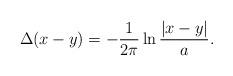
LaTeX: \begin{align*} \Delta(x - y) = -\frac{1}{2\pi}\ln\frac{|x - y|}{a}.\end{align*}